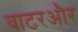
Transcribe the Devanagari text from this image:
वाटरऔर